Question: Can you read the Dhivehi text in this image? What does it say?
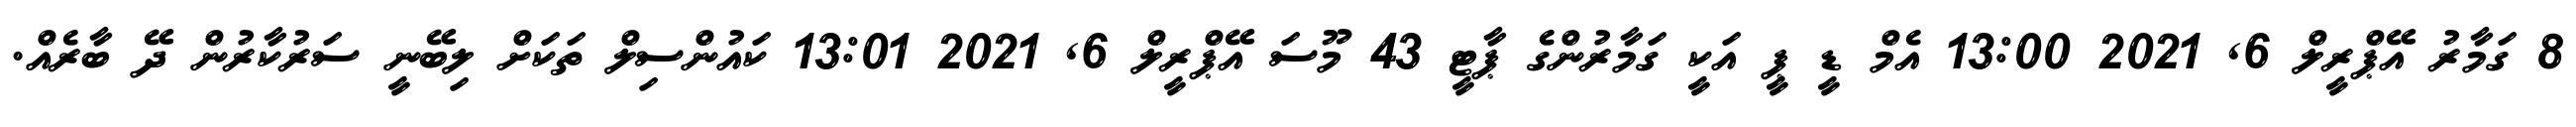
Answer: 8 ގަމާރު އޭޕްރީލް 6, 2021 13:00 އެމް ޑީ ޕީ އަކީ ގަމާރުންގެ ޕާޓީ 43 މޫސަ އޭޕްރީލް 6, 2021 13:01 ކައުންސިލް ތަކަށް ލިބޭނީ ސަރުކާރުން ދޭ ބާރެއް.